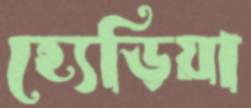
হ্যেড়িয়া